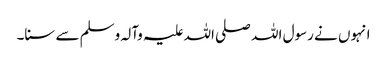
انہوں نے رسول اللہ صلی اللہ علیہ وآلہ وسلم سے سنا۔